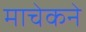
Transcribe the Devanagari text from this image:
माचेकने